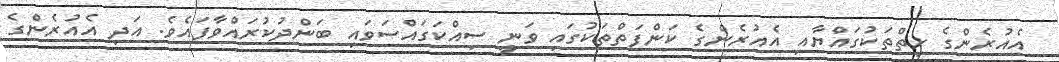
އެއުރެންގެ ހިތްތަކުގައްޔާއި އެއުރެންގެ ކަންފަތްތަކުގައި ވަނީ ސިއްކަގައްސަވައި ބަންދުކުރައްވާފައެވެ. އަދި އެއުރެންގެ